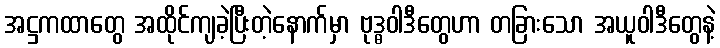
အဋ္ဌကထာတွေ အထိုင်ကျခဲ့ပြီးတဲ့နောက်မှာ ဗုဒ္ဓဝါဒီတွေဟာ တခြားသော အယူဝါဒီတွေနဲ့